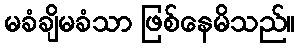
မခံချိမခံသာ ဖြစ်နေမိသည်။